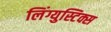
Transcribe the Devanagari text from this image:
लिंग्युस्टिक्स